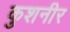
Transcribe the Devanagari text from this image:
कुशनीर